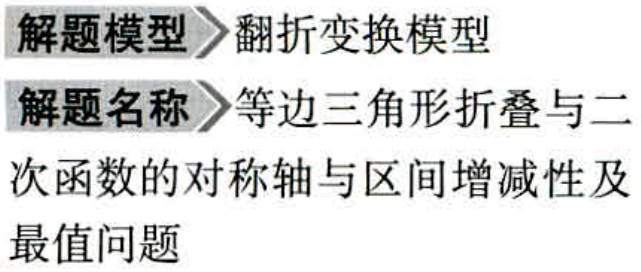
解题模型>翻折变换模型

解题名称>等边三角形折叠与二

次函数的对称轴与区间增减性及

最值问题